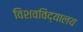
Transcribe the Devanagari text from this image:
विशवविद्यालय